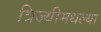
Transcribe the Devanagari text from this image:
त्रिज्यीमधल्या